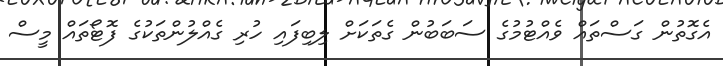
އެގޮތުން ގަސްތައް ވެއްޓުމުގެ ސަބަބުން ގެތަކަށް ލިބިފައި ހުރި ގެއްލުންތަކުގެ ފޮޓޯތައް މީސް